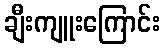
ချီးကျူးကြောင်း